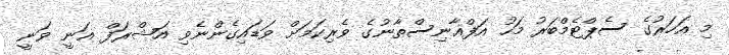
މި އަހަރުގެ ސެޕްޓެމްބަރު މަހު އަފްޣާނިސްތާނުގެ ވެރިކަމަށް ވަޑައިގެންނެވި އަޝްރަފް ޣަނީ ވަނީ